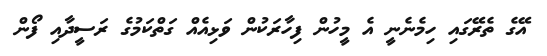
އޭގެ ތެރޭގައި ހިމެނެނީ އެ މީހުން ފިހާރަކުން ވަޅިއެއް ގަތްކަމުގެ ރަސީދާއި ފޯން